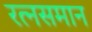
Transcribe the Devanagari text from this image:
रत्‍नसमान